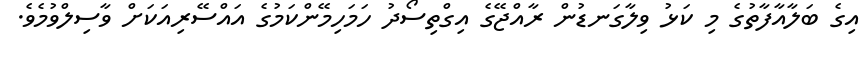
އިގެ ބަލާއާފާތުގެ މި ކަޅު ވިލާގަނޑުން ރާއްޖޭގެ އިގްތިސޯދު ހަމަހިމޭންކަމުގެ އައްސޭރިއަކަށް ވާސިލްވުމެވެ.